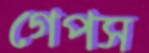
গেপস